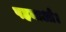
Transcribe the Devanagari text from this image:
पहनाओ।